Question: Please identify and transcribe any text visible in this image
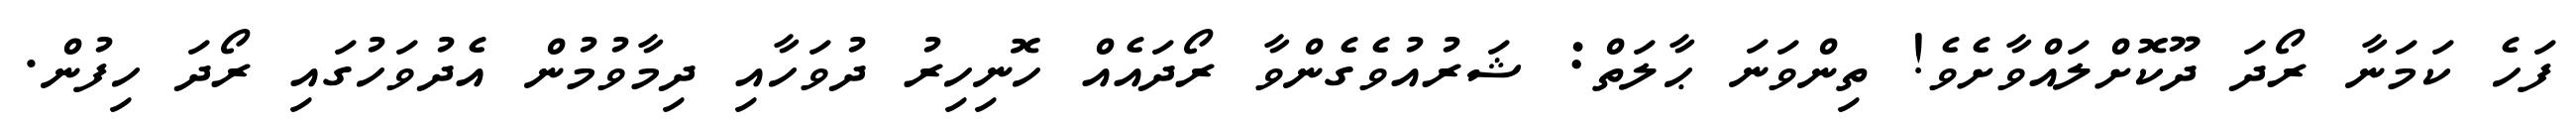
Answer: ފަހެ ކަމަނާ ރޯދަ ދޫކޮށްލައްވާށެވެ! ތިންވަނަ ޙާލަތް: ޝަރުއުވެގެންވާ ރޯދައެއް ހޮނިހިރު ދުވަހާއި ދިމާވުމުން އެދުވަހުގައި ރޯދަ ހިފުން.